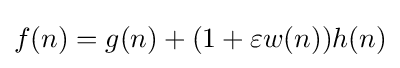
f(n)=g(n)+(1+\varepsilon w(n))h(n)